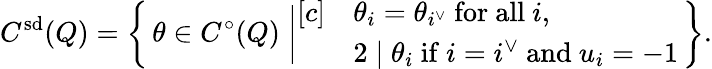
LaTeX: C^{\smash{\mathrm{sd}}}(Q)=\biggl\{ \, \theta\in C^{\circ}(Q)\biggm|\begin{array}{rl}{[c]}&{\theta_{i}=\theta_{\smash{i^{\vee}}}\mathrm{~for~all~}i,}\\ &{2\mid\theta_{i}\mathrm{~if~}i=i^{\vee}\mathrm{~and~}u_{i}=-1}\end{array}\, \biggr\} .